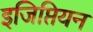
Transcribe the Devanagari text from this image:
इजिप्तियन